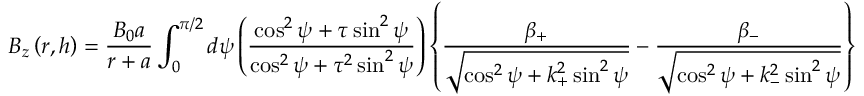
B _ { z } \left( r , h \right) = \frac { B _ { 0 } a } { r + a } \int _ { 0 } ^ { \pi / 2 } d \psi \left( \frac { \cos ^ { 2 } \psi + \tau \sin ^ { 2 } \psi } { \cos ^ { 2 } \psi + \tau ^ { 2 } \sin ^ { 2 } \psi } \right) \left\{ \frac { \beta _ { + } } { \sqrt { \cos ^ { 2 } \psi + k _ { + } ^ { 2 } \sin ^ { 2 } \psi } } - \frac { \beta _ { - } } { \sqrt { \cos ^ { 2 } \psi + k _ { - } ^ { 2 } \sin ^ { 2 } \psi } } \right\}